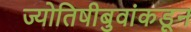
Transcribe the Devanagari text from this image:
ज्योतिषीबुवांकडून